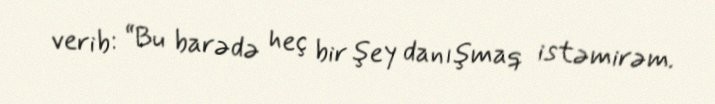
verib: “Bu barədə heç bir şey danışmaq istəmirəm.